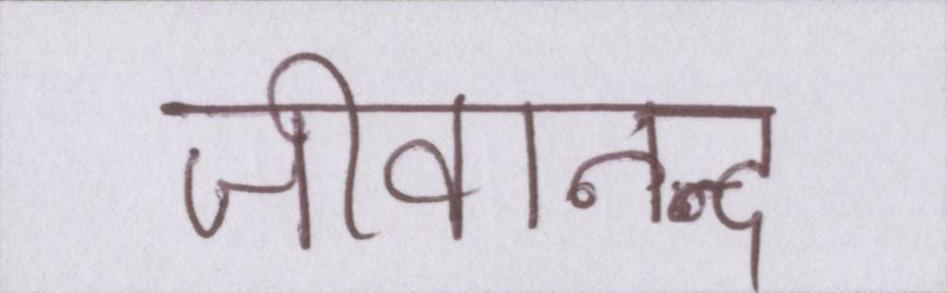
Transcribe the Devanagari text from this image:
जीवानन्द